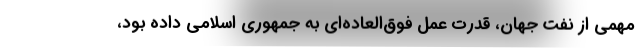
مهمی از نفت جهان، قدرت عمل فوق‌العاده‌ای به جمهوری اسلامی داده بود،